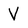
Character: V